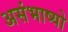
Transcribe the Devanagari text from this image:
असंभाष्यो